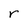
Character: r